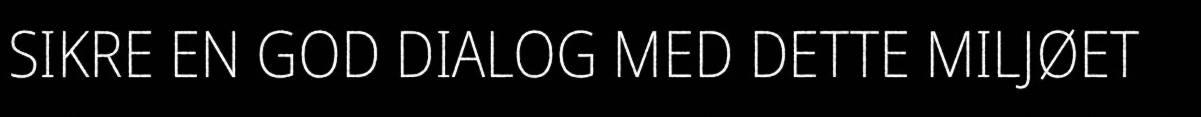
SIKRE EN GOD DIALOG MED DETTE MILJØET